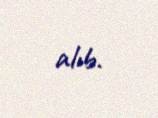
alıb.